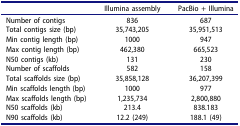
|  | Illumina assembly | PacBio + Illumina |
 | --- | --- | --- |
 | Number of contigs | 836 | 687 |
 | Total contigs size (bp) | 35,743,205 | 35,951,513 |
 | Min contig length (bp) | 1000 | 947 |
 | Max contig length (bp) | 462,380 | 665,523 |
 | N50 contigs (kb) | 131 | 230 |
 | Number of scaffolds | 582 | 158 |
 | Total scaffolds size (bp) | 35,858,128 | 36,207,399 |
 | Min scaffolds length (bp) | 1000 | 977 |
 | Max scaffolds length (bp) | 1,235,734 | 2,800,880 |
 | N50 scaffolds (kb) | 213.4 | 838.183 |
 | N90 scaffolds (kb) | 12.2 (249) | 188.1 (49) |